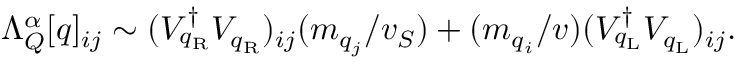
\Lambda _ { \cal Q } ^ { \alpha } [ q ] _ { i j } \sim ( V _ { q _ { \mathrm { R } } } ^ { \dagger } V _ { q _ { \mathrm { R } } } ) _ { i j } ( m _ { q _ { j } } / v _ { S } ) + ( m _ { q _ { i } } / v ) ( V _ { q _ { \mathrm { L } } } ^ { \dagger } V _ { q _ { \mathrm { L } } } ) _ { i j } .